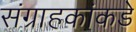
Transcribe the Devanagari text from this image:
संग्राहकांकडे